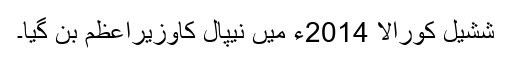
ششیل کورالا 2014ء میں نیپال کاوزیراعظم بن گیا۔